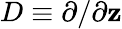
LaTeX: D\equiv\partial/\partial\mathbf{z}